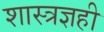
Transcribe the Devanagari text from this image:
शास्त्रज्ञही